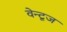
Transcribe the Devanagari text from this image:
वेन्टूज